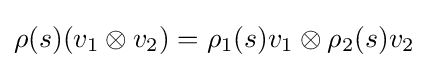
\rho (s)(v_{1}\otimes v_{2})=\rho _{1}(s)v_{1}\otimes \rho _{2}(s)v_{2}